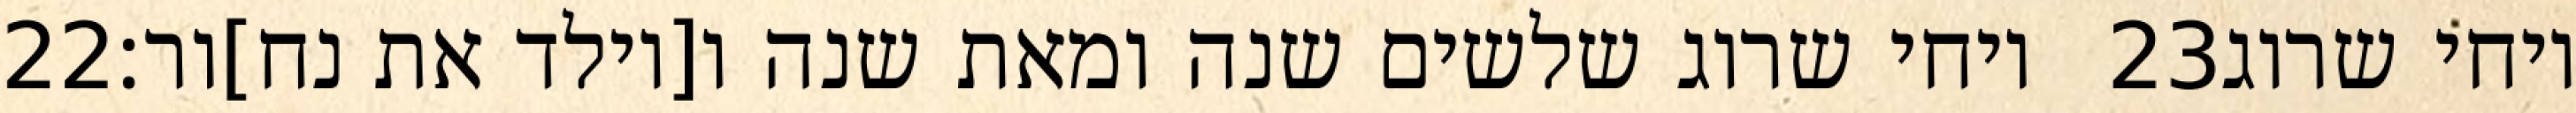
‎22‏ ויחי שרוג שלשים שנה ומאת שנה ו[יולד את נח]ור׃ ‎23‏ ויחי שרוג